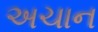
અચાન